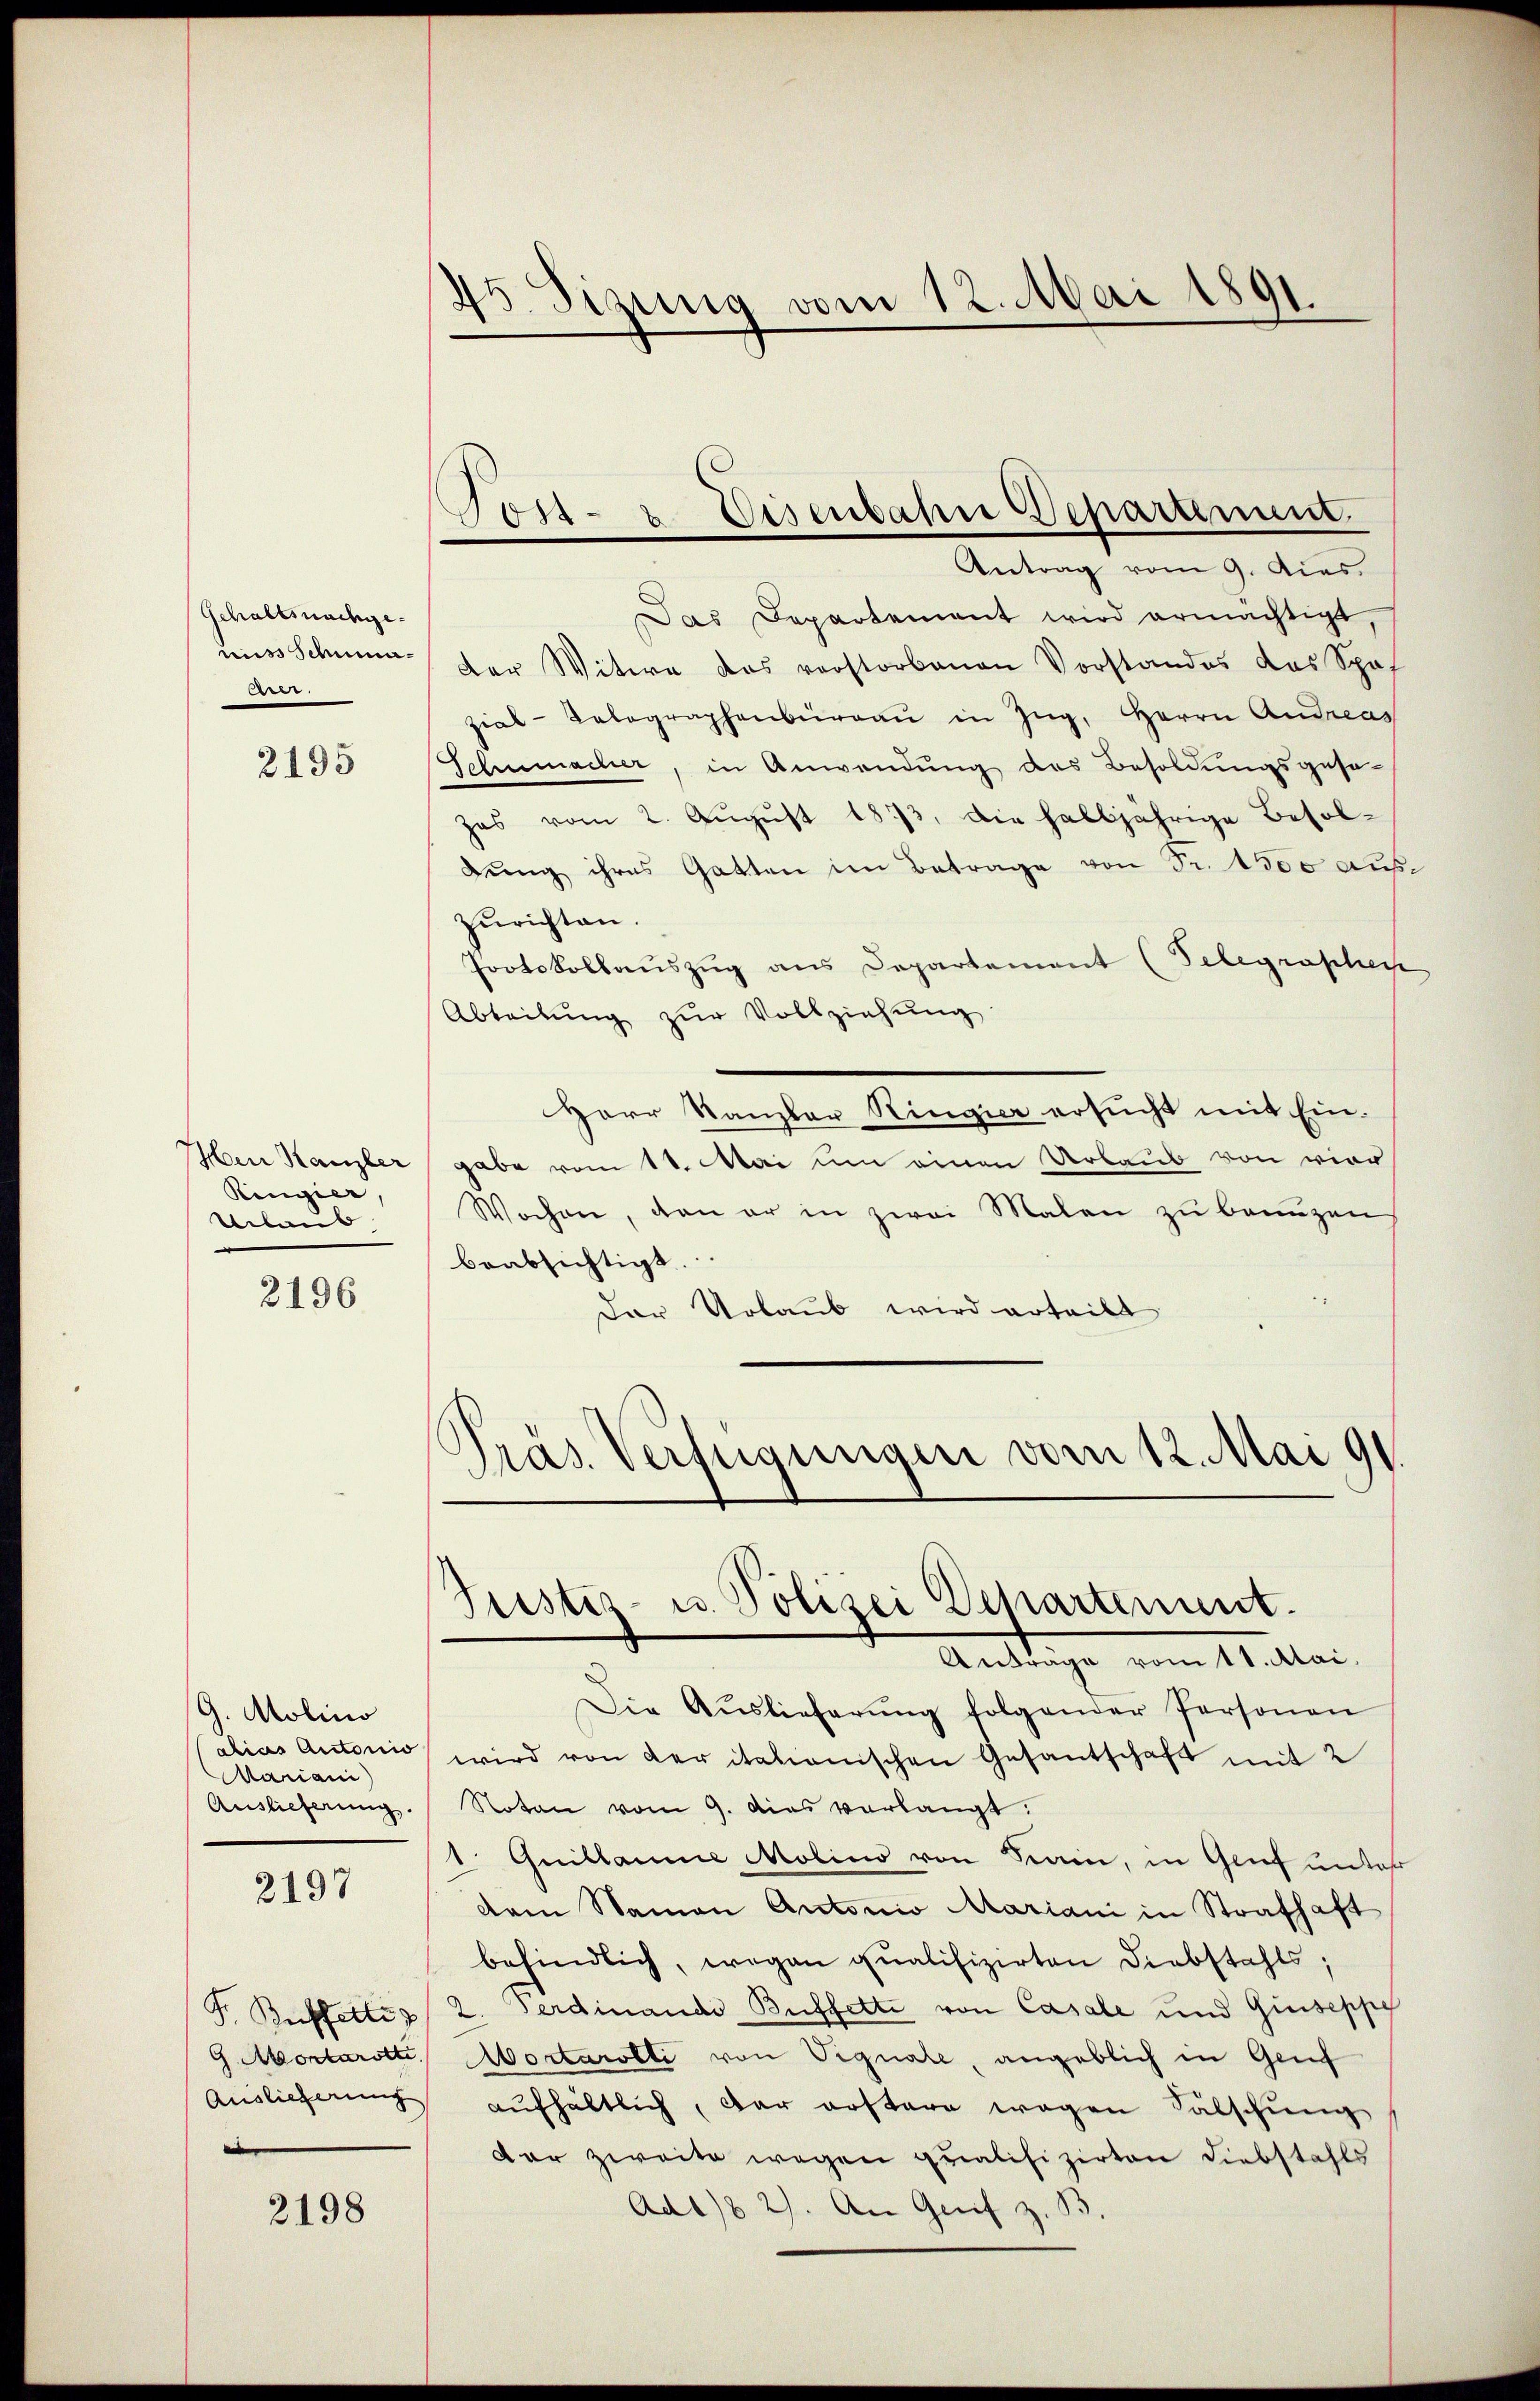
Gehaltsnachge¬
.

2195

Men Kanzler
Ringier,
Urlaub

2196

G. Molino
alias Autorio
Mariani)
Auslieferung,

2197

G. Mortarotte
Auslieferung

2198

45. Sizung vom 12. Mai 1891.

Das Departement wird ermächtigt,
ns Schnen der Witwe das verstorbenen Vorstandes das Schaf
zial-Relegraphenbüraŭ in Zŭg, Herrn Andreas
Schumacher, in Anwendung des Besoldungsgese-
zas vom 2. August 1873, die halbjährige Besoldŭng ihres Gatten im Betrage von Fr. 1300 auszurichten.
Protokollauszug aus Departement (Telegraphen
Abteilŭng zŭr Vollziehung
Herr Kanzler Ringier ersŭcht mit Ein-
gabe vom 11. Mai um einen Urlaub von vier
Wochen, den er in zwei Malen zŭ benuzen
beabsichtigt.
Der Urlaub wird erteilt
Präs. Verfügungen vom 12. Mai 91

Post- u. Bisenbahn Departinum
Antrag vom 9. dies

Justiz- u. Polizei Departement.
Anträge vom 11. Mai.

Die Aŭslieferŭng folgender Personen
wird von der italionischen Gesantschaft mit 2
Noton vom 9. dies verlangt.
1. Quillaume Molins von Krain, in Genf unter
dem Namen Antonio Mariani in Strafhaft
befindlich, wegen qualifizirten Diebstahls;
F. Buffettes 2. Ferdinande Buffette von Casale und Giuseppe
Mortarolli von Vignale, angeblich in Genf
aufhältlich, der erstere wegen Fälschung
der zweite wegen qualifizirten Diebstahls
Ad 1/8 2). An Grif z.